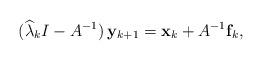
LaTeX: \begin{align*}(\widehat{\lambda }_{k}I-A^{-1})\,\mathbf{y}_{k+1}=\mathbf{x}_{k}+A^{-1}\mathbf{f}_{k}, \end{align*}